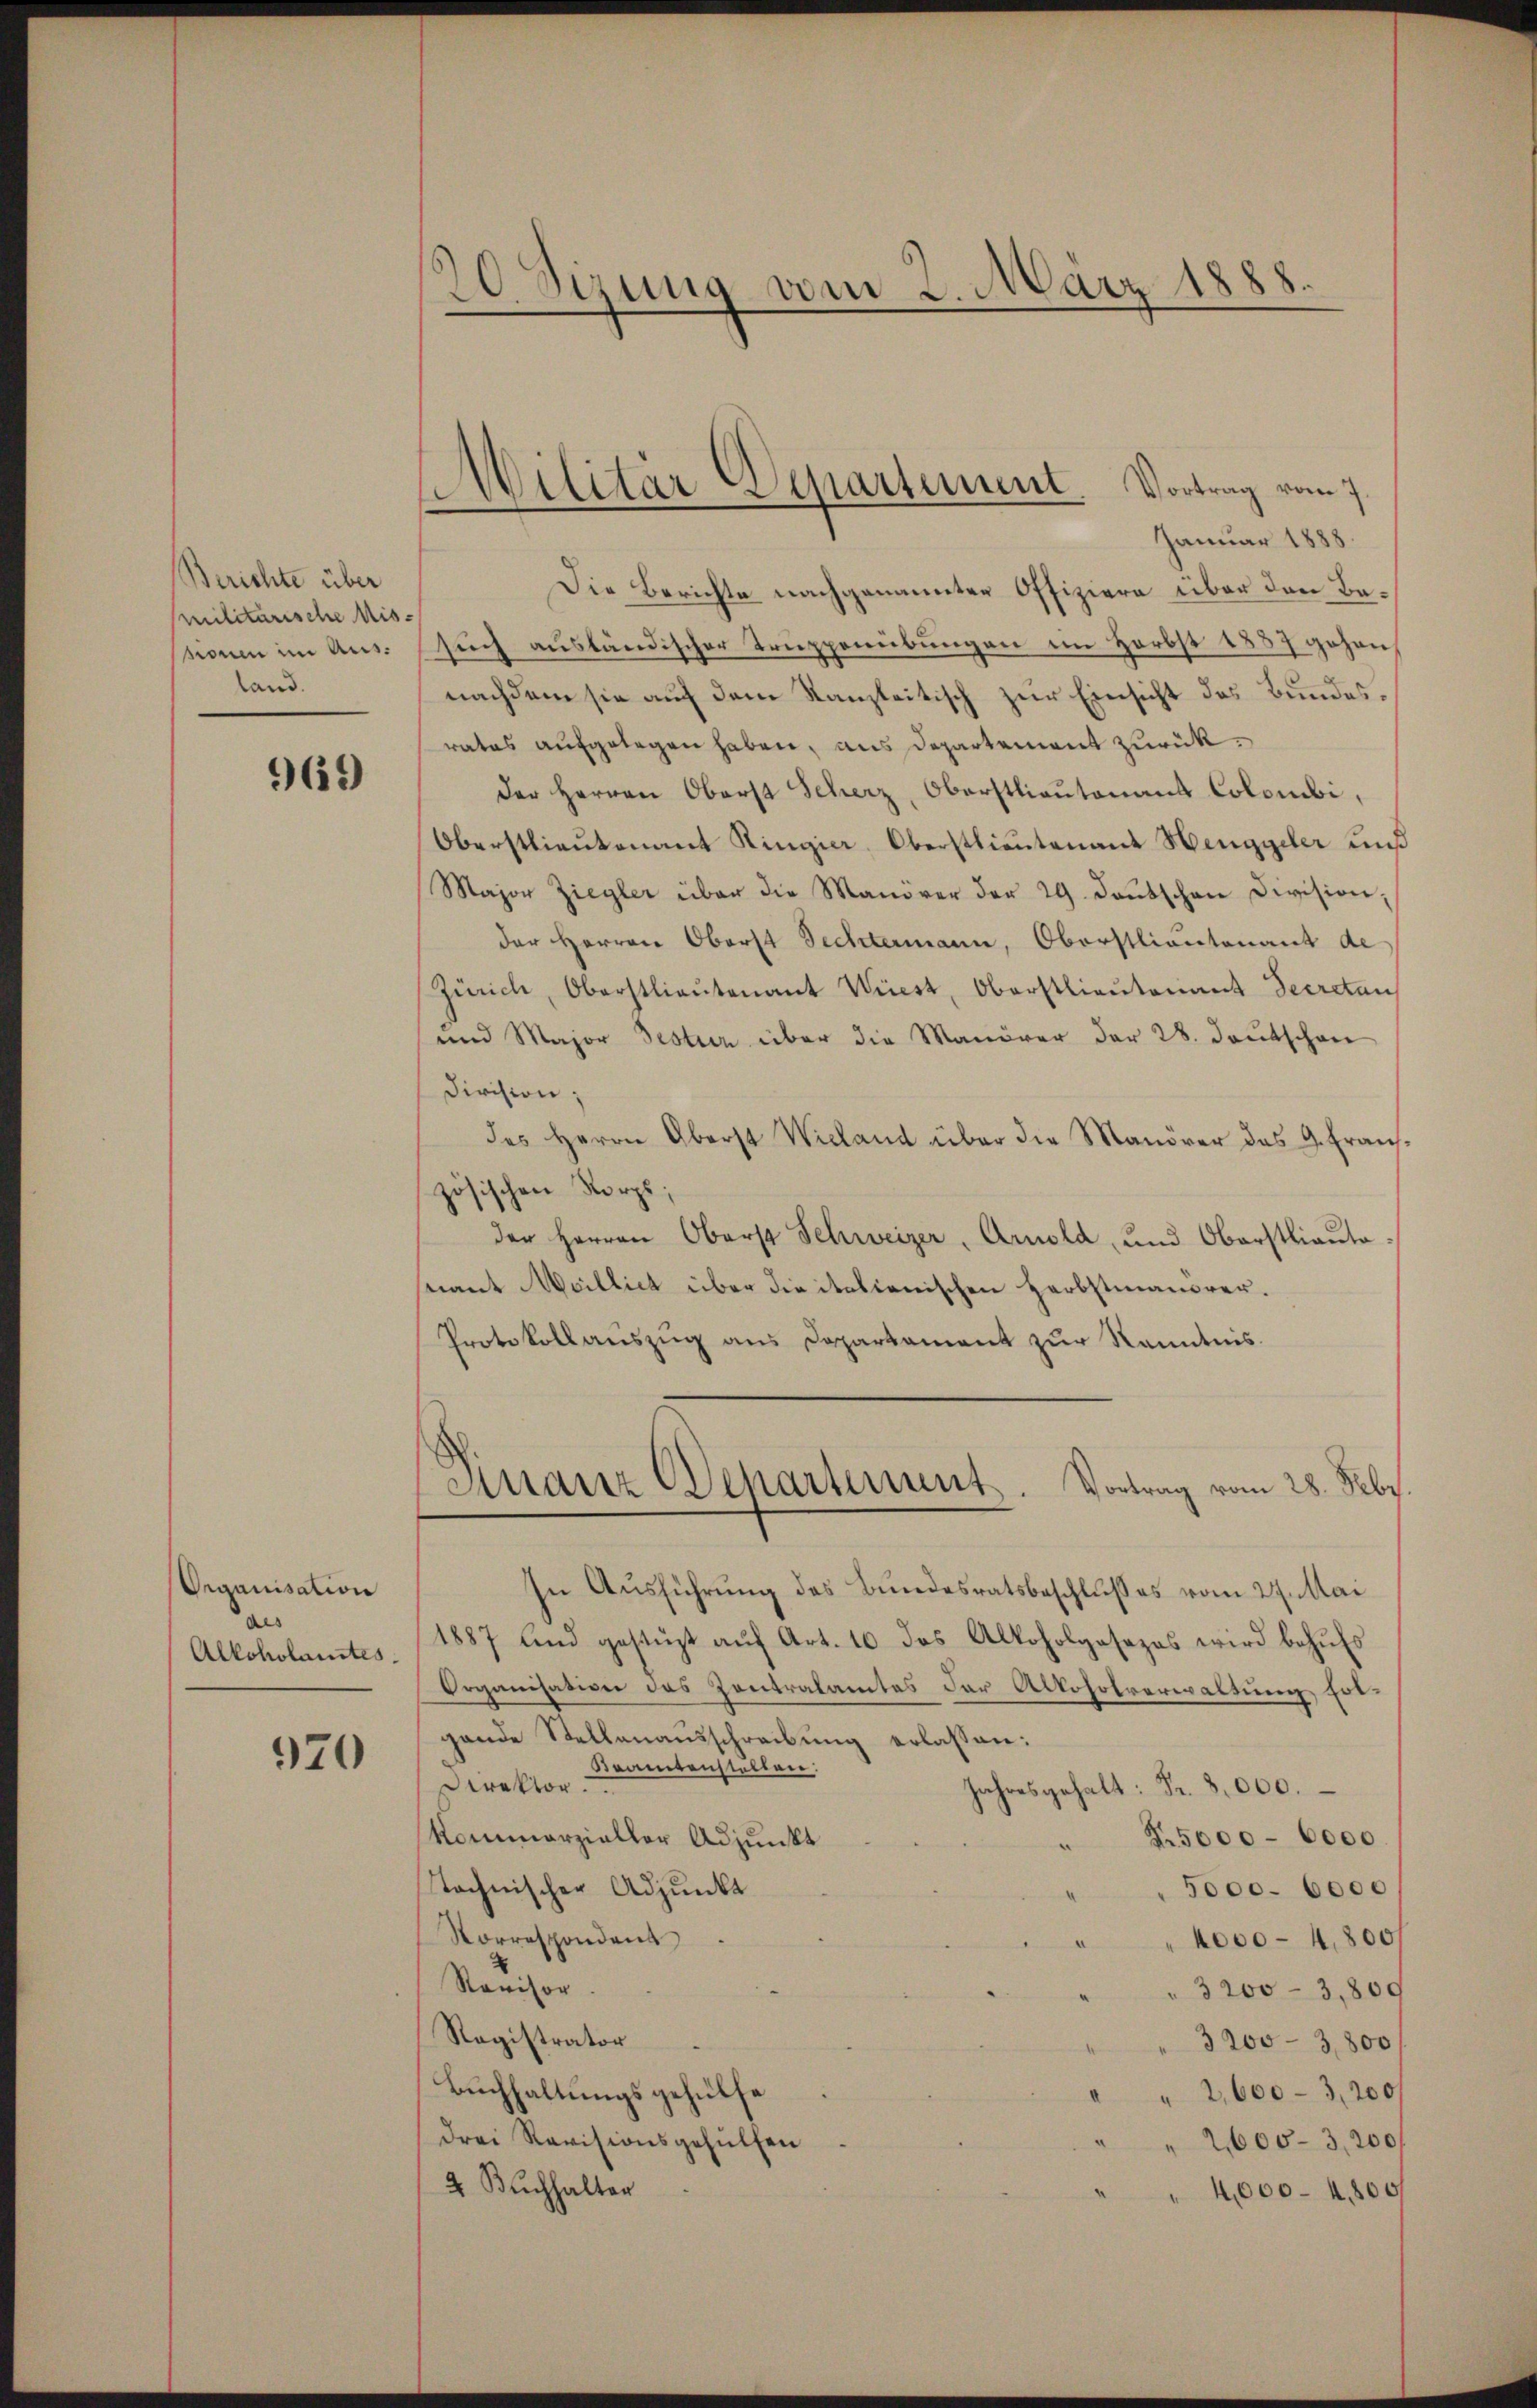
Berichte über
militärische Missionen im Ausland.

969

Organisation
aus
Alkoholamtes.

970

)
d. Sizung vom 2. März 1888
.

e
Wilitär Departement. Vortrag vom 7.

Januar 1888.
Die Berichte nachgenannten Offiziere über den Besuch ausländischer Truppenübungen im Herbst 1857 gehen
nachdem sie auf dem Kanzleitisch zur Einsicht des Bundesrates aufgelegen haben, aus Departement zurückder Herren Oberst Scherz, Oberstlieutenant Colombi,
Oberstlieutenant Ringier, Oberstlieutenant Henggeler und
Major Ziegler über die Manover der 29. Deutschen Division,
der Herren Oberst Sechtermann, Oberstliantonant de
Zürich, Oberstlieutenant Wiest, Oberstlieutenant Secretan
und Major Festur über die Manöver der 28. Deutschen
Division;
des Herrn Oberst Wieland über die Manöver das G. Franszösischen Norps;
der Herren Oberst Schweizer, Arnold, und Oberstlieute:
nant Meillict über die italienischen Herbstmansrer¬
Protokollauszug aus Departament zur Kenntnis.
Finanz Departement. Vortrag vom 28. Febr.
In Ausführung des Bundesratsbeschlußes vom 27. Mai
1887 und gestüzt auf Art. 10 das Alkoholgosezes wird behufs
Organisation des Zentralamtes der Alkoholverwaltung folgande Stellenausschreibung erlassen:
Kramtenstellen:
Direktor.
Jahresgehalt: Fr. 3000.
Kommarzieller Adjunkt
N.5000 - 6000.
technischer Adjunkt
5000. 6000
Norrespondent
4000-4,800f
Revisor
3200–3,800
Registrator
3200–3,800
Buchhaltungsgehülfe
2,600-3,200/
drei Revisionsgehülfen
2600-3,200
2 Buchhalter
4,000 - 4,800